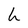
Character: h